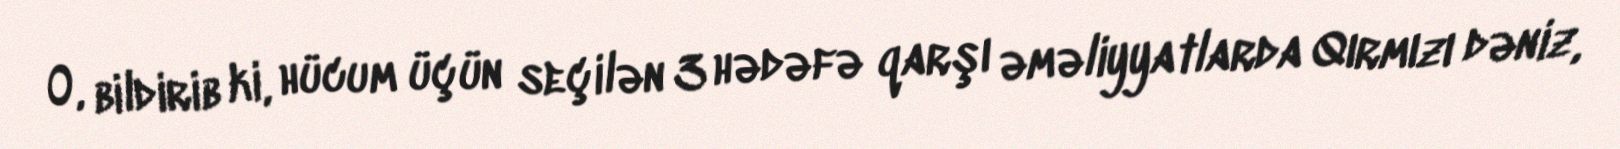
O, bildirib ki, hücum üçün seçilən 3 hədəfə qarşı əməliyyatlarda Qırmızı dəniz,